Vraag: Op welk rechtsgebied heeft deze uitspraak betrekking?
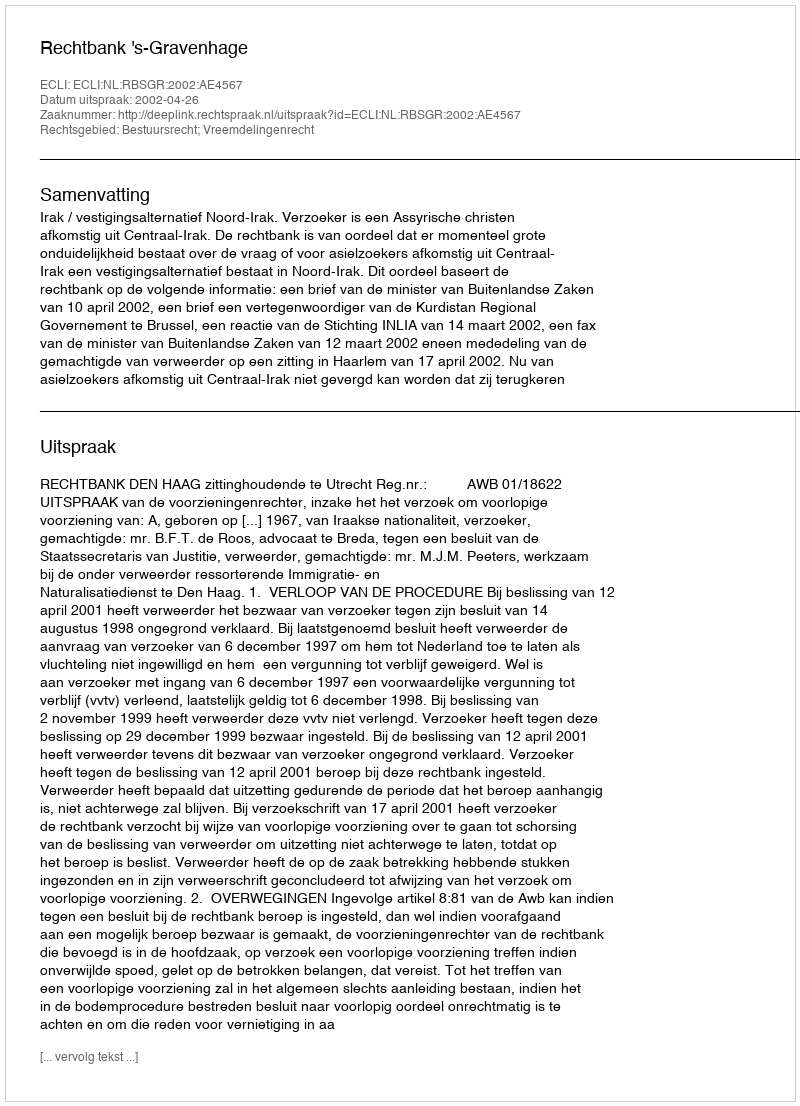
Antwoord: Bestuursrecht; Vreemdelingenrecht